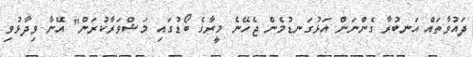
ދައުވާތައް އަނބުރާ ގެންނަން އަޅުގަނޑުމެން ޖެހޭނެ މީރާގެ ބޯޑުގައި މަޝްވަރާކުރަން" އޭނާ ވިދާޅުވި